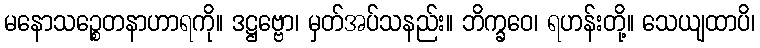
မနောသဉ္စေတနာဟာရကို။ ဒဋ္ဌဗ္ဗော၊ မှတ်အပ်သနည်း။ ဘိက္ခဝေ၊ ရဟန်းတို့။ သေယျထာပိ၊